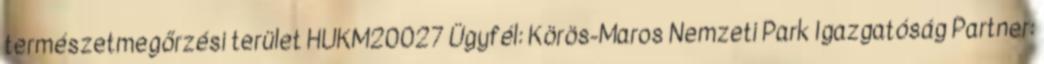
természetmegőrzési terület HUKM20027 Ügyfél: Körös-Maros Nemzeti Park Igazgatóság Partner: